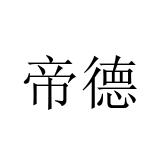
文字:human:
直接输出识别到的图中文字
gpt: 帝德